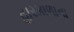
હારમાળાના